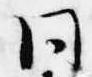
同